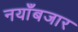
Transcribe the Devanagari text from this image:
नयाँबजार